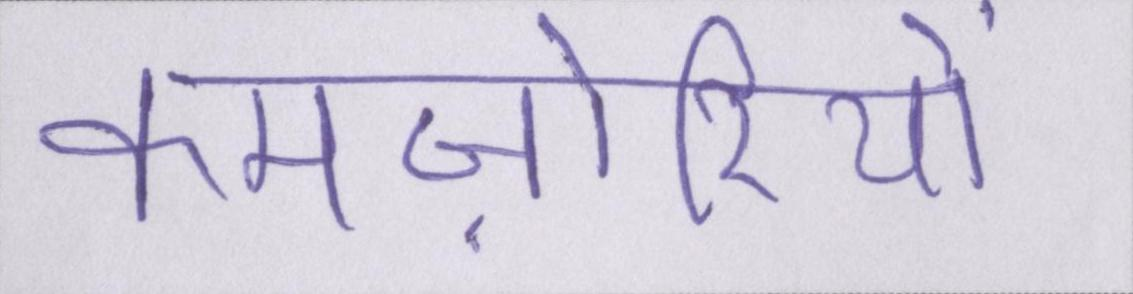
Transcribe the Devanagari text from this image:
कमज़ोरियों